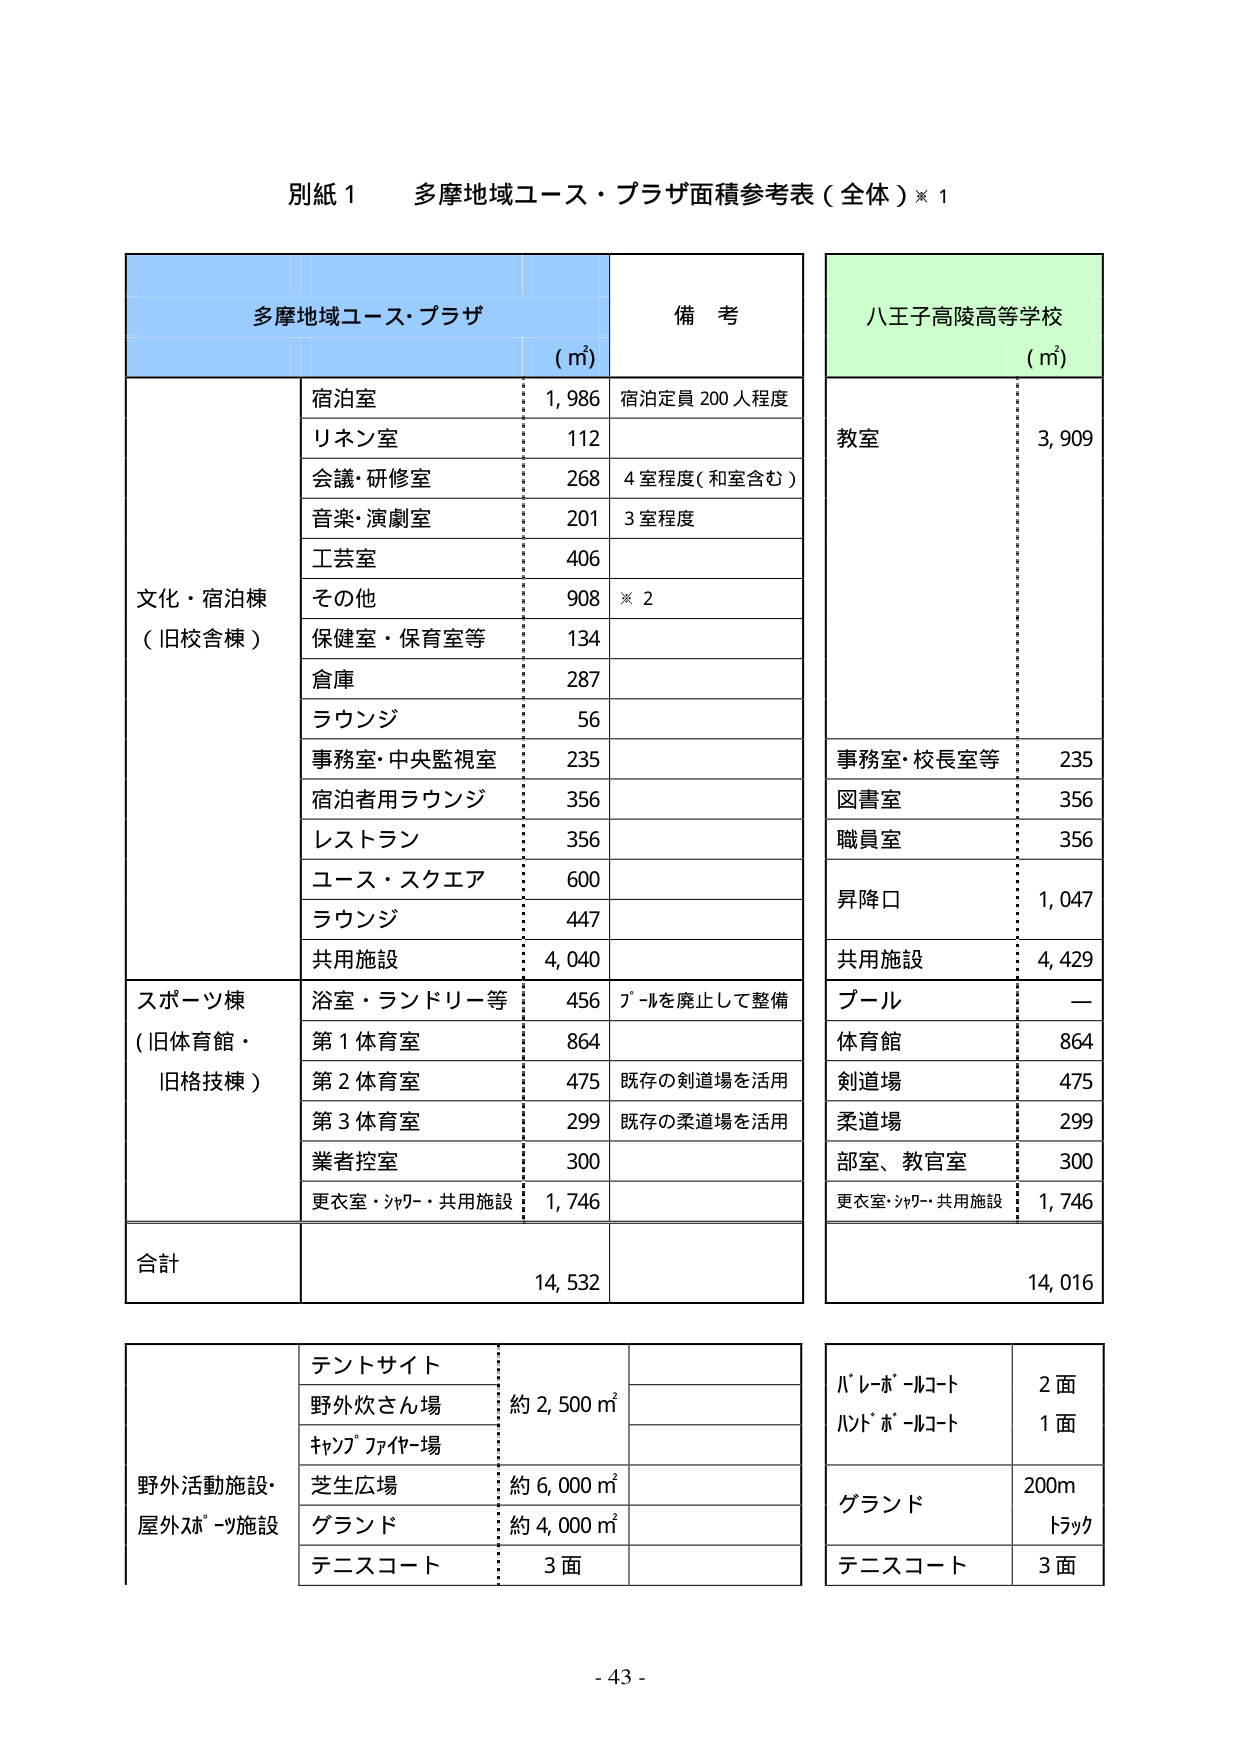
別紙１　多摩地域ユース・プラザ面積参考表（全体）※１

多摩地域ユース・プラザ　　　　　　　　　　　　　備考　　　　　　　　　　　　　八王子高陵高等学校
（㎡）　　　　　　　　　　　　　　　　　　　　　　　　　　　　　　　　　　　　（㎡）

文化・宿泊棟
（旧校舎棟）
　宿泊室　　　　　　　　　　1,986　　　宿泊定員 200人程度
　リネン室　　　　　　　　　　112
　会議・研修室　　　　　　　　268　　　4室程度（和室含む）
　音楽・演劇室　　　　　　　　201　　　3室程度
　工芸室　　　　　　　　　　　406
　その他　　　　　　　　　　　908　　　※２
　保健室・保育室等　　　　　　134
　倉庫　　　　　　　　　　　　287
　ラウンジ　　　　　　　　　　56
　事務室・中央監視室　　　　　235
　宿泊者用ラウンジ　　　　　　356
　レストラン　　　　　　　　　356
　ユース・スクエア　　　　　　600
　ラウンジ　　　　　　　　　　447
　共用施設　　　　　　　　　　4,040

スポーツ棟
（旧体育館・
旧格技棟）
　浴室・ランドリー等　　　　　456　　　プールを廃止して整備
　第１体育室　　　　　　　　　864
　第２体育室　　　　　　　　　475　　　既存の剣道場を活用
　第３体育室　　　　　　　　　299　　　既存の柔道場を活用
　業者控室　　　　　　　　　　300
　更衣室・シャワー・共用施設　1,746

合計　　　　　　　　　　　　14,532

教室　　　　　　　　　　　　3,909
事務室・校長室等　　　　　　235
図書室　　　　　　　　　　　356
職員室　　　　　　　　　　　356
昇降口　　　　　　　　　　　1,047
共用施設　　　　　　　　　　4,429
プール　　　　　　　　　　　ー
体育館　　　　　　　　　　　864
剣道場　　　　　　　　　　　475
柔道場　　　　　　　　　　　299
部室、教官室　　　　　　　　300
更衣室・シャワー・共用施設　1,746

合計　　　　　　　　　　　　14,016

野外活動施設・
屋外スポーツ施設
　テントサイト
　野外炊さん場　　　　　　　約2,500㎡
　キャンプファイヤー場
　芝生広場　　　　　　　　　約6,000㎡
　グランド　　　　　　　　　約4,000㎡
　テニスコート　　　　　　　3面

バーレーボールコート　　　　2面
ハンドボールコート　　　　　1面
グランド　　　　　　　　　　200m
　　　　　　　　　　　　　　トラック
テニスコート　　　　　　　　3面

- 43 -